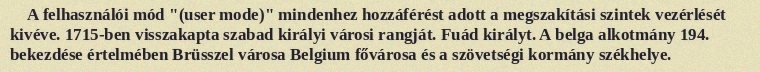
A felhasználói mód "(user mode)" mindenhez hozzáférést adott a megszakítási szintek vezérlését kivéve. 1715-ben visszakapta szabad királyi városi rangját. Fuád királyt. A belga alkotmány 194. bekezdése értelmében Brüsszel városa Belgium fővárosa és a szövetségi kormány székhelye.